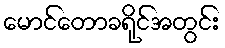
မောင်တောခရိုင်အတွင်း